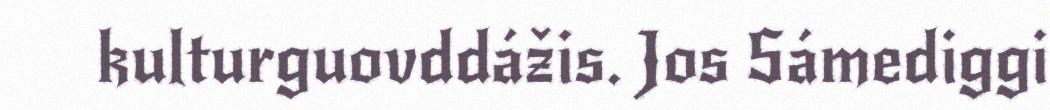
kulturguovddážis. Jos Sámediggi